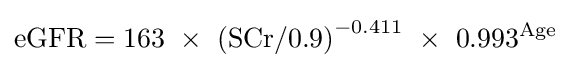
\mathrm {eGFR} =163\ \times \ \mathrm {(SCr/0.9)} ^{-0.411}\ \times \ 0.993^{\text{Age}}\